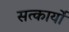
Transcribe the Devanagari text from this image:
सत्कार्यो